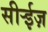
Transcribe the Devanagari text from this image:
सीर्‍ईज़